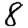
Digit: 8